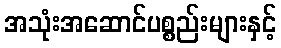
အသုံးအဆောင်ပစ္စည်းများနှင့်